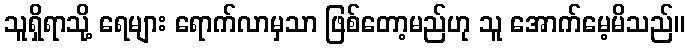
သူရှိရာသို့ ရေများ ရောက်လာမှသာ ဖြစ်တော့မည်ဟု သူ အောက်မေ့မိသည်။